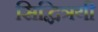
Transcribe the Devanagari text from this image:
सिद्धित्रयी